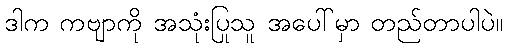
ဒါက ကဗျာကို အသုံးပြုသူ အပေါ်မှာ တည်တာပါပဲ။